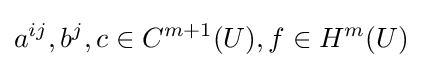
a^{ij},b^{j},c\in C^{m+1}(U),f\in H^{m}(U)